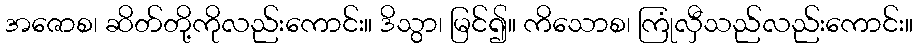
အဇောစ၊ ဆိတ်တို့ကိုလည်းကောင်း။ ဒိသွာ၊ မြင်၍။ ကိသောစ၊ ကြုံလှီသည်လည်းကောင်း။